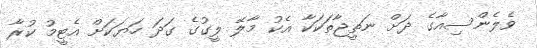
ވެލެންސިއާގެ ދަށް ނަތީޖާތަކަކާ އެކު މާލޭ ލީގުގެ ގަދަ ހަޔަކަށް އެޓީމު ކުރާ